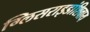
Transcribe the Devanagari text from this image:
ग्लिसराइडांशिवाय